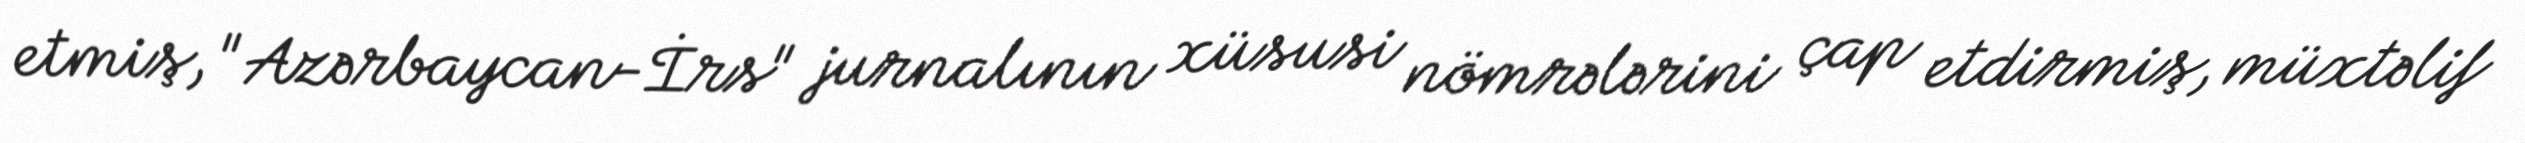
etmiş, "Azərbaycan-İrs" jurnalının xüsusi nömrələrini çap etdirmiş, müxtəlif